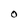
Character: O